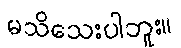
မသိသေးပါဘူး။